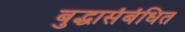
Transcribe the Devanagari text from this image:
बुद्धासंबंधित